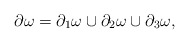
\begin{align*}\partial \omega = \partial_1 \omega \cup \partial_2 \omega \cup \partial_3 \omega,\end{align*}